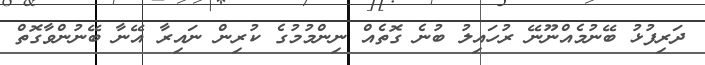
ދަރިފުޅު ބޭނުމެއްނޫނޭ ރުހައިލު ބުނެ ގޮތެއް ނިންމުމުގެ ކުރިން ނައިރާ އޭނާ ބޭނުންވާގޮތް